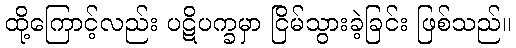
ထို့ကြောင့်လည်း ပဋိပက္ခမှာ ငြိမ်သွားခဲ့ခြင်း ဖြစ်သည်။